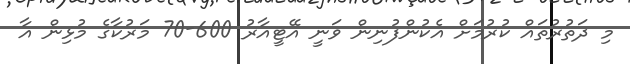
މި ދަތުރުތައް ކުރުމަށް އެކުންފުނިން ވަނީ އޭޓީއާރު 600-70 މަރުކާގެ މުޅިން އާ